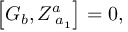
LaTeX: \left[ G _ { b } , Z _ { \; a _ { 1 } } ^ { a } \right] = 0 ,